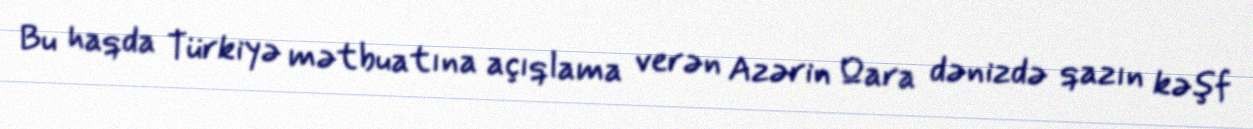
Bu haqda Türkiyə mətbuatına açıqlama verən Azərin Qara dənizdə qazın kəşf